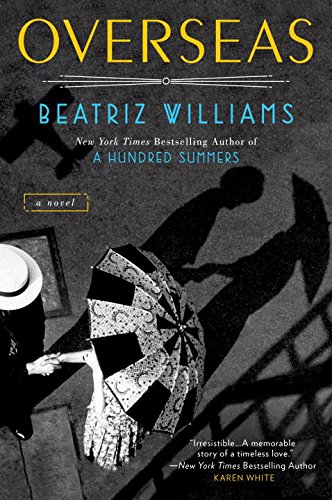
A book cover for Overseas; Beatriz Williams; Romance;